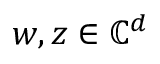
\boldsymbol { w } , \boldsymbol { z } \in \mathbb { C } ^ { d }